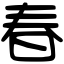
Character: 春